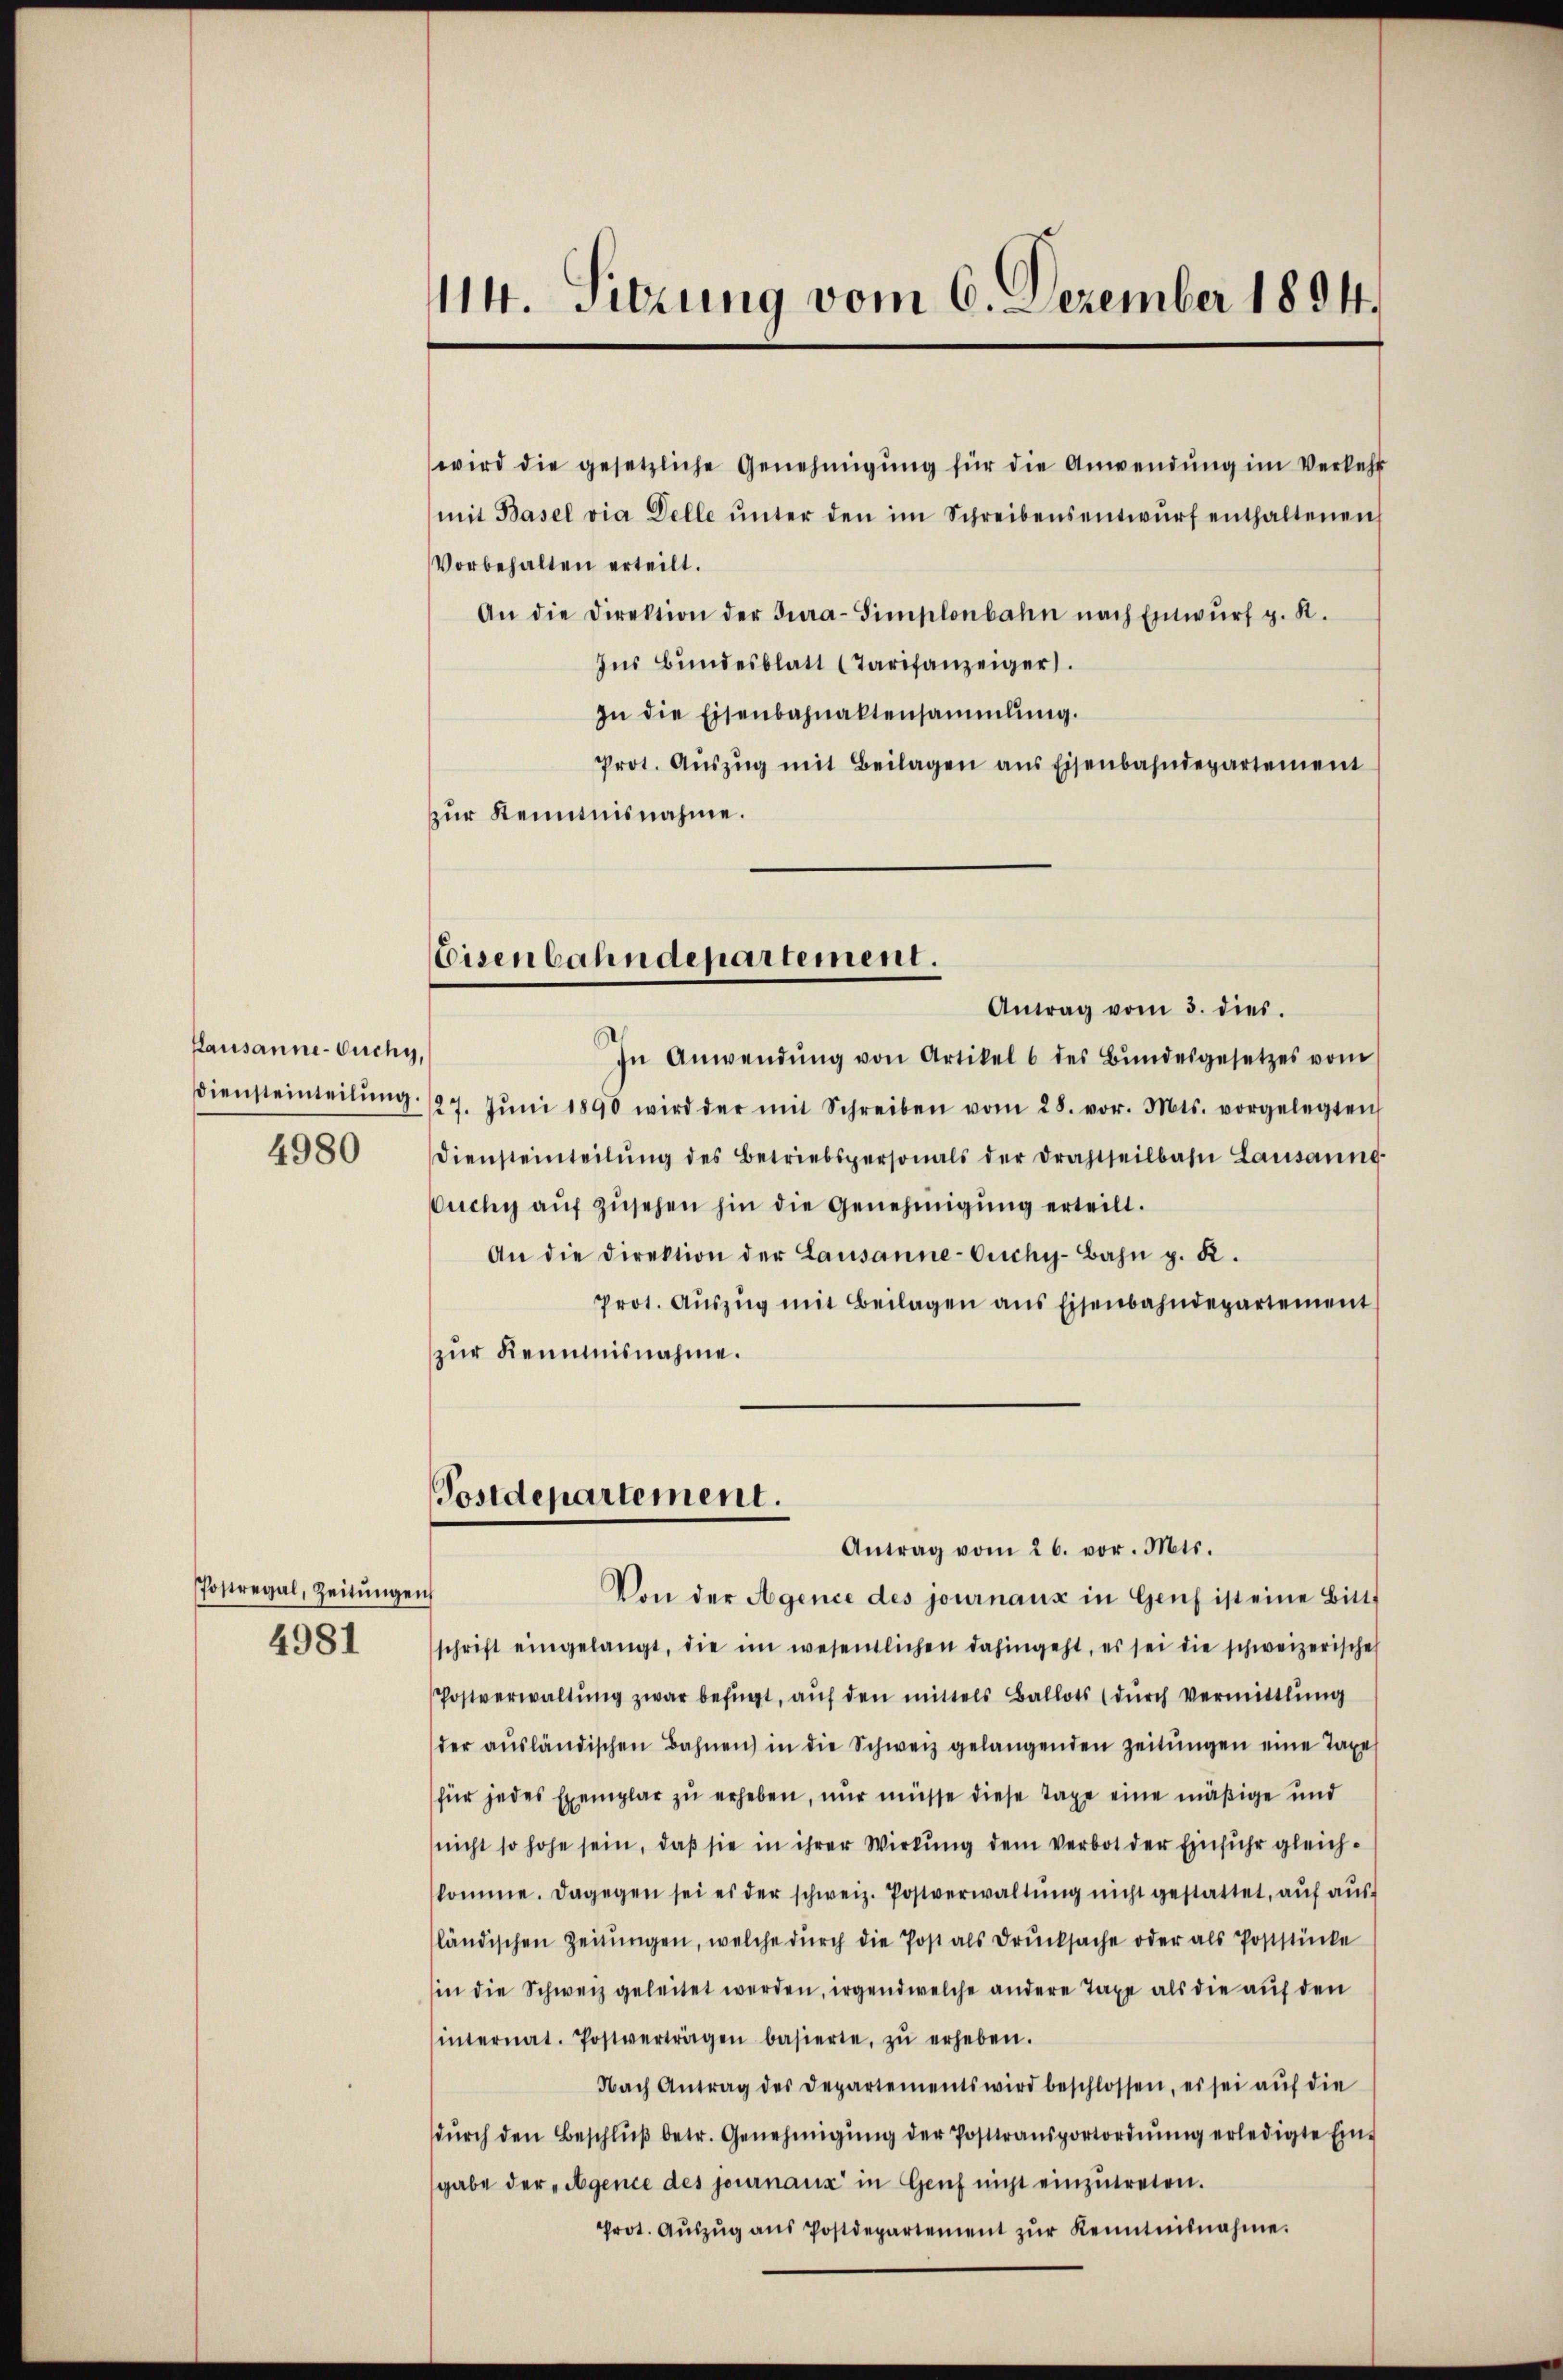
Kausanne-Ouchy.
4980

Postregal, Zeitungen
4981

114. Sitzung vom 6. Dezember 1894.

wird die gesetzliche Genehmigŭng für die Anwendŭng im Verkehr
mit Basel via Delle ŭnter den im Schreibensentwŭrf enthaltenen
Vorbehalten erteilt.
An die Direktion der Jura-Simplonbahn nach Entwŭrf g. R.
Ins Bundesblatt (Tarifanzeiger.
In die Eisenbahnaktensammlung.
Prot. Aŭszŭg mit Beilagen ans Eisenbahndepartement
zur Kenntnisnahme.

Eisenbahndepartement.

Antrag vom 3. dies.
In Anwendŭng von Artikel 6 des Bŭndesgesetzes vom
diensteinteilŭng 127. Jŭni 1890 wird der mit Schreiben vom 28. vor. Mts. vorgelegten
Diensteinteilŭng des Betriebspersonals der Drahtseilbahn Lausaung
Ouchy aŭf zŭsehen hin die Genehmigŭng erteilt.
An die Direktion der Lausanne-Ouchy-Bahn p. K.
prot. Aŭszŭg mit Beilagen ans Eisenbahndepartement
zur Reumnisnahme.

Postdepartement.

Antrag vom 26. vor. Mts.
Von der Agence des journaux in Genf ist eine Bitts
schrift eingelangt, die im wesentlichen dahingeht, es sei die schweizerische
Postverwaltŭng zwar befügt, auf den mittels Ballots (durch vermittlung
der aŭsländischen Bahnen in die Schweiz gelangenden Zeitŭngen eine Taxe
für jedes Exemplar zu erheben, nur müsse diese Tage eine mäßige und
nicht so hohe sein, daß sie in ihrer Wirkung dem Verbot der Einfuhr gleichkomme. Dagegen sei es der schweiz. Postverwaltŭng nicht gestattet, aŭf aŭs
ländischen Zeitŭngen, welche dŭrch die Post als Drŭcksache oder als Poststücke
sin die Schweiz geleitet werden, irgendwelche andere Taxe als die auf den
internat. Postvertragen basierte, zŭ erheben.
Nach Antrag des Departements wird beschlossen, es sei aŭf die
dŭrch den Beschlŭβ betr. Genehmigŭng der Posttransportordnŭng erledigte Eingabe der „Agence des journaux in Genf nicht einzŭtreten.
Prot. Aŭszŭg aŭs Postdepartement zŭr Kenntnisnahme.